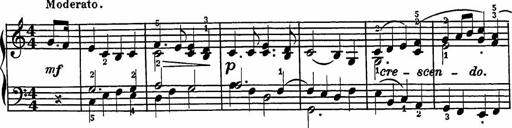
Title: 2 Sonatines
Composer: Richard Zeckwer